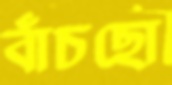
বাঁচছো